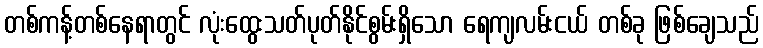
တစ်ကန့်တစ်နေရာတွင် လုံးထွေးသတ်ပုတ်နိုင်စွမ်းရှိသော ရေကျလမ်းငယ် တစ်ခု ဖြစ်ချေသည်